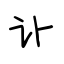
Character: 讣